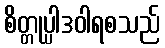
စိတ္တုပ္ပါဒဝါရစသည်